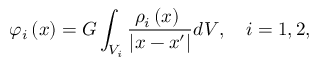
\varphi _ { i } \left( x \right) = G \int _ { V _ { i } } \frac { \rho _ { i } \left( x \right) \ } { \vert x - x ^ { \prime } \vert } d V , \quad i = 1 , 2 ,